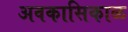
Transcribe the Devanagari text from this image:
अवकासिकाळ